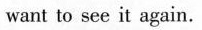
want to see it again.